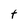
Character: t